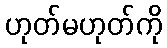
ဟုတ်မဟုတ်ကို